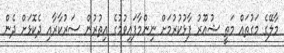
މާލޭގެ މަގުތައް މަތީ ޝުއޫރު ފާޅުކުރުމަށް ނިންމާފައިވުމުގެ އިތުރުން ސަރުކާރާއި ދެކޮޅަށް ދެން